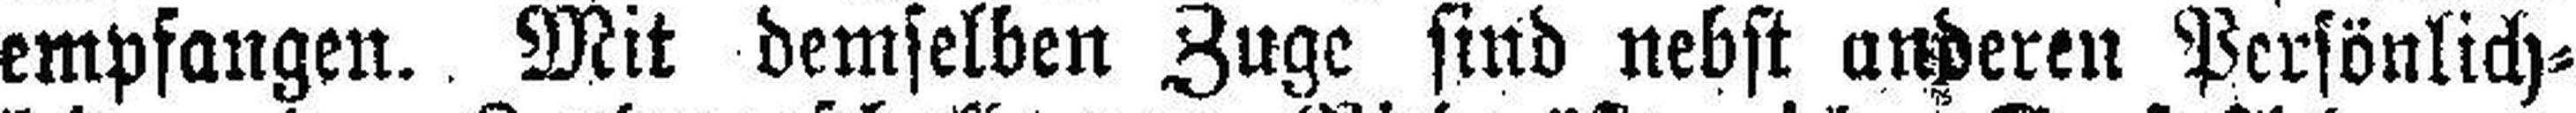
empfangen. Mit demselben Zuge sind nebst anderen Persönlich¬